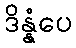
ဒိန္နံပေ